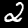
Label: 2